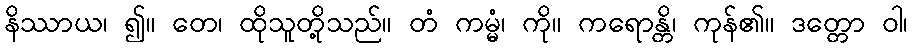
နိဿာယ၊ ၍။ တေ၊ ထိုသူတို့သည်။ တံ ကမ္မံ၊ ကို။ ကရောန္တိ၊ ကုန်၏။ ဒတ္တော ဝါ၊